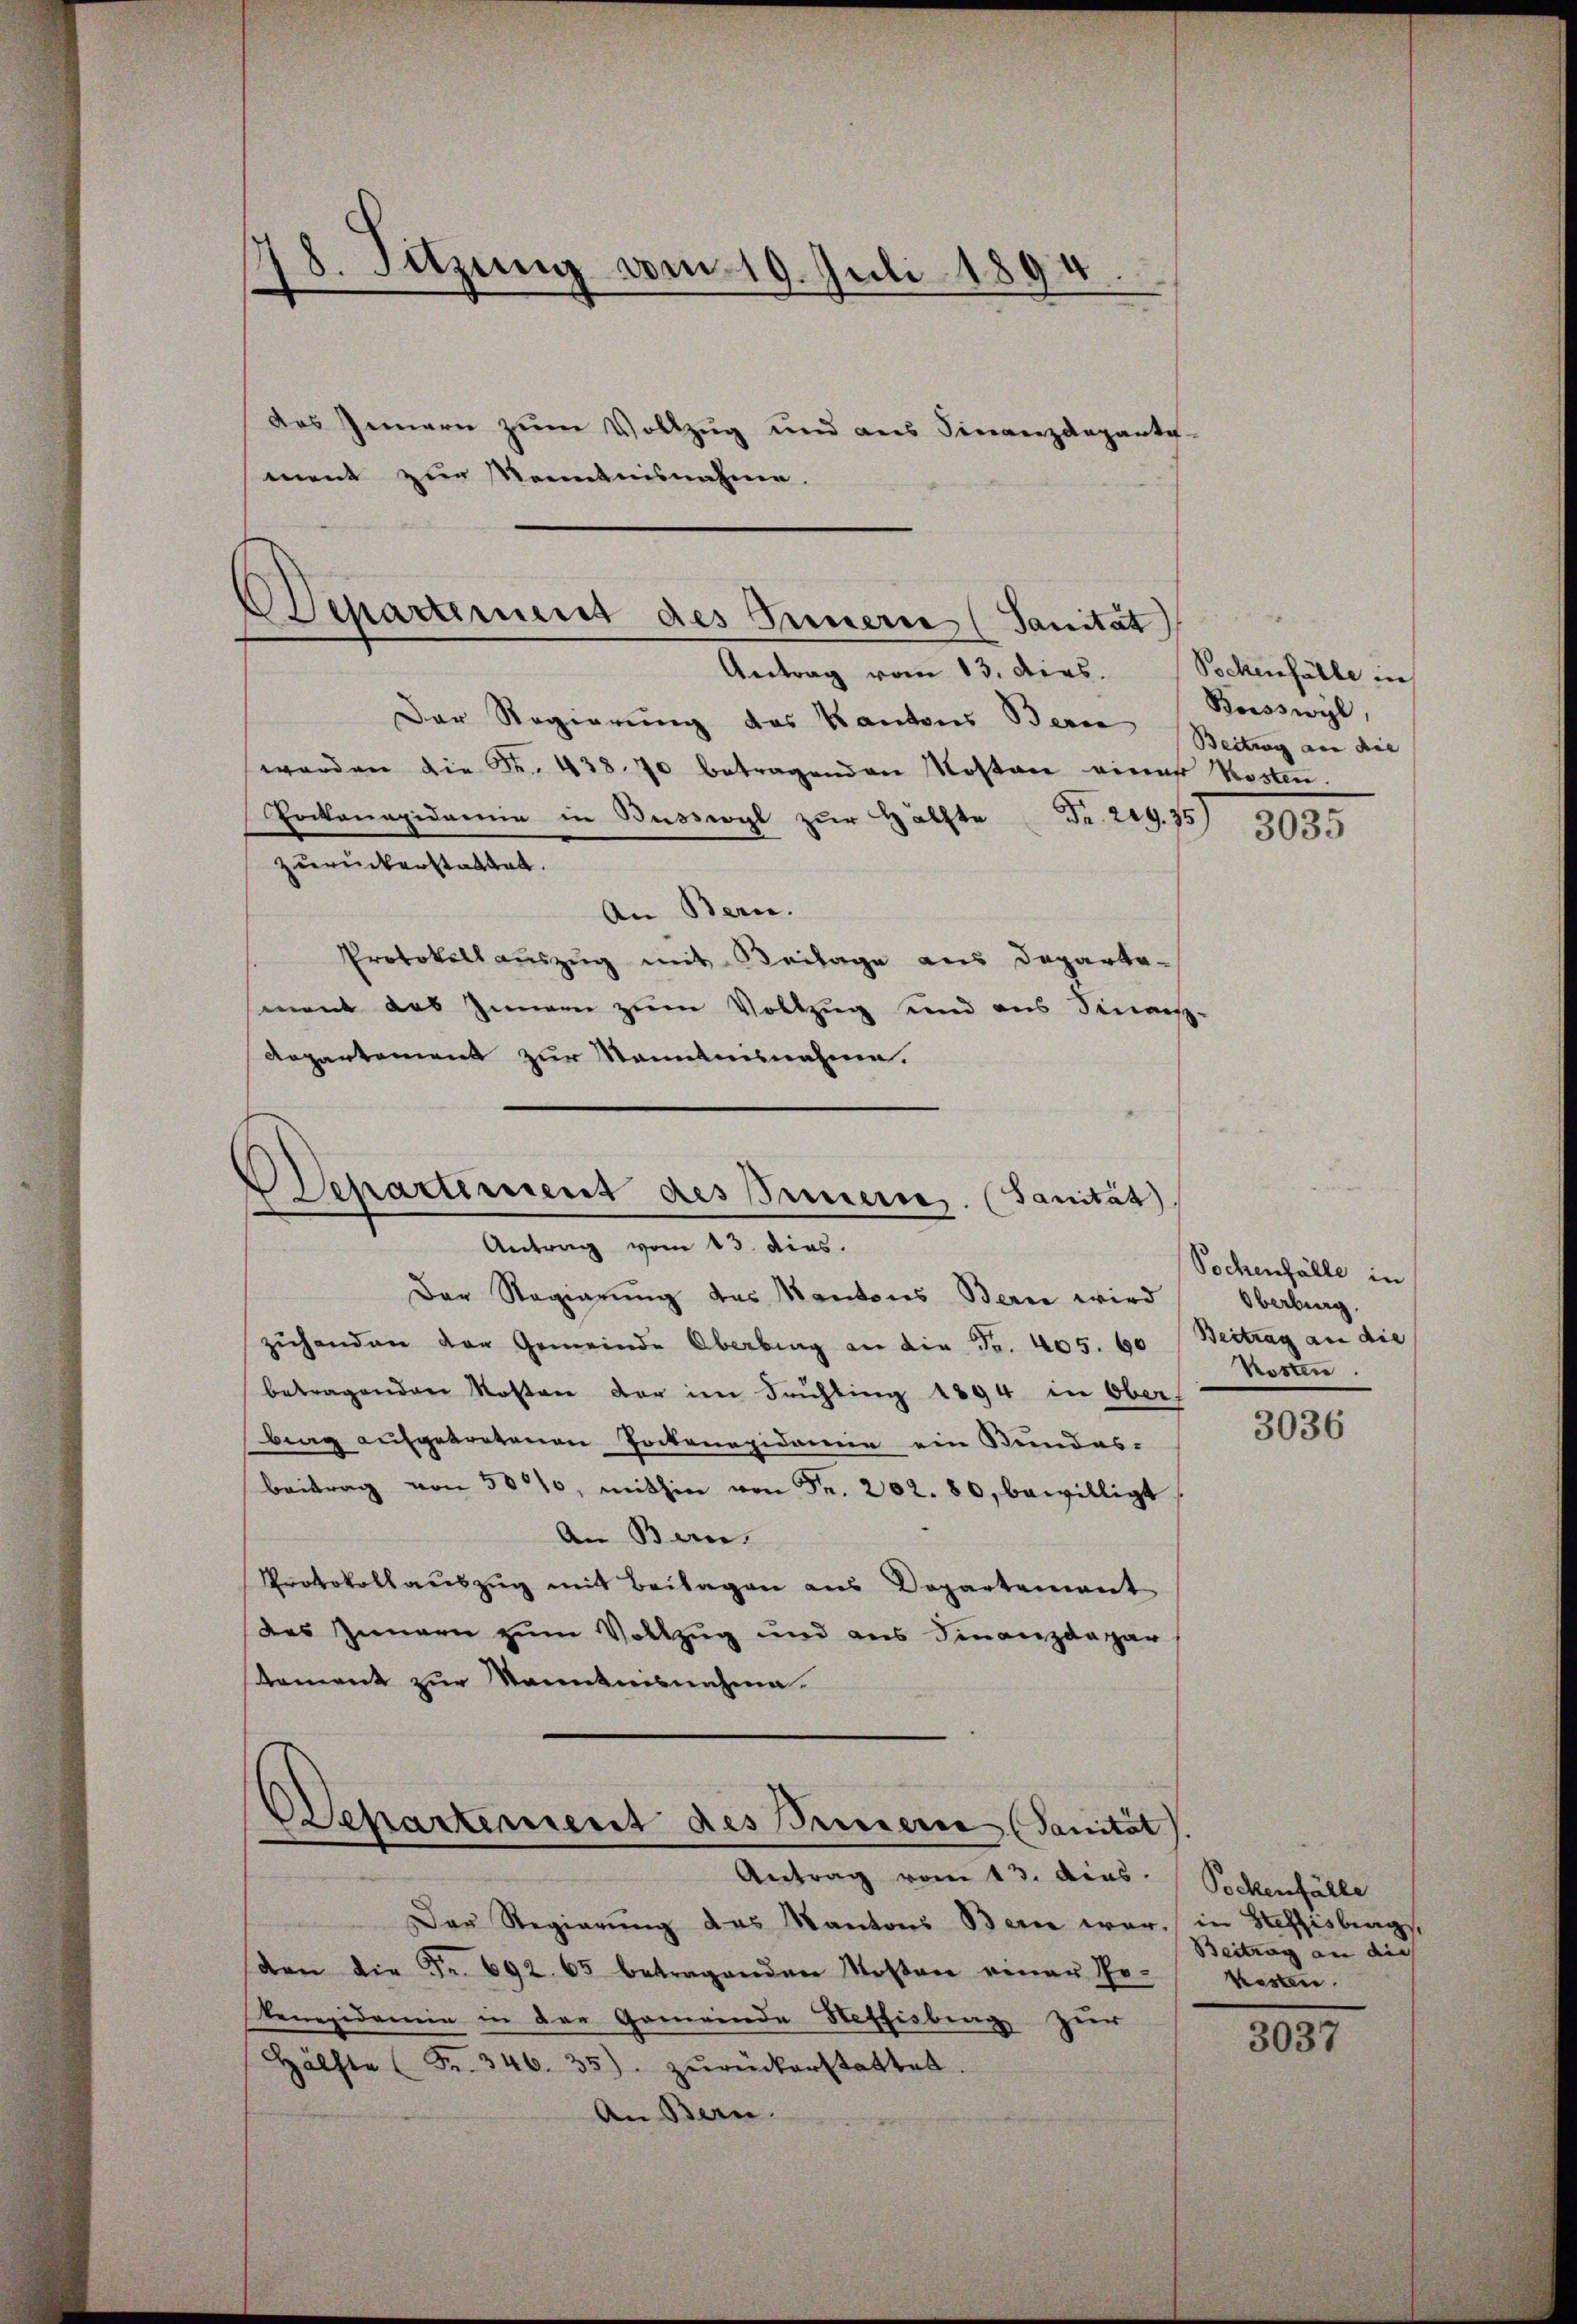
18. Sitzung vom 19. Juli 1894.
das Innern zum Vollzug und aus Finanzdeparte

ment zur Kenntnisnahme.

Departement des Innern (Sanität)
Antrag vom 13. ders.

Der Regierung des Kantons Beren Beitrag an die
werden die Fr. 438. 70 betragenden Mosten einer Kosten.
Pockonapidemie in Bussegl zur Hälfte Fr. 219. 357
zurückerstattet.
An Bern.
Protokoll auszug mit Beilage aus Departemont das Innern zum Vollzug sind aus Sinas.
Repartement zur Manntnisnahme.

Departement des Innern. (Sanität
Antrag vom 13. dies.

Der Regierung des Kantons Bern wird
zuhanden der Gemeinde Obertrag an die Fr. 405. 60 (Beitrag an die
betragenden Kosten der im Frühling 1894 in Ober
brag aufgetretenen Pockenepidemie ein Bundes-
Beitrag von 501, mithin von Fr. 202. 80, bewilligt
An Ban
Protokollauszug mit Beilagen aus Departement
des Innern zum Vollzug und aus Finanzdagar
tement zur Kenntnisnahme.

Departement des Innern (Sanität

Antrag vom 13. dies
Der Regierung des Kantons Bern war.
den die Fr. 692. 65 betragenden Kosten einer Po-
kenepidemie in der Gemeinde Neffisburg zur
Hälfte (Fr. 346. 35) zŭrückerstattet.
An Bern.

Sockenfälle in
Borsswyl,

3035

Pochenfälle in
Oberbung.
Kosten.

3036

Sockenfälle
in Steffisburg,
Beitrag an die
wesen.

3037